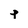
Character: p